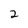
Character: 2